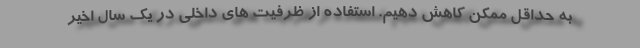
به حداقل ممکن کاهش دهیم. استفاده از ظرفیت های داخلی در یک سال اخیر